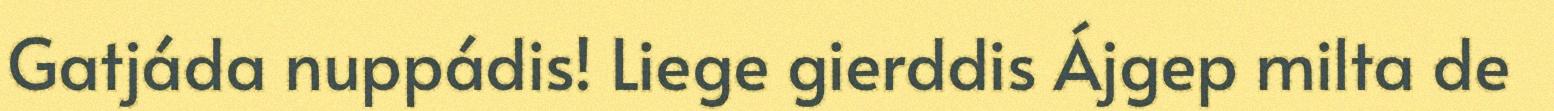
Gatjáda nuppádis! Liege gierddis Ájgep milta de